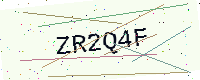
Text: ZR2Q4F